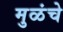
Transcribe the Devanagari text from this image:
मुळंचे